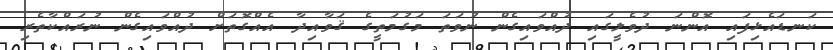
ކަނޑައެޅިފައި އޮންނަ ދުވެލީގައި ދުއްވައިގެން ނުވަތަ މަގުމަތީގެ ޤަވާއިދާ އެއްގޮތަށް ދުއްވައިގެން ނުރައްކާތެރި